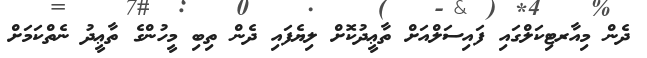
ދެން މިއާރޓިކަލްގައި ފައިސަލްއަށް ތާޢީދުކޮށް ލިޔެފައި ދެން ތިބި މީހުންގެ ތާޢީދު ނެތްކަމަށް